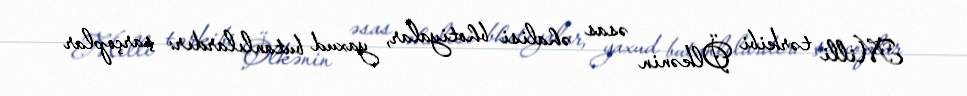
Milli tərkibi Ölkənin əsas əhalisi bhotiyalar, yaxud butanlılardır: şarçoplar